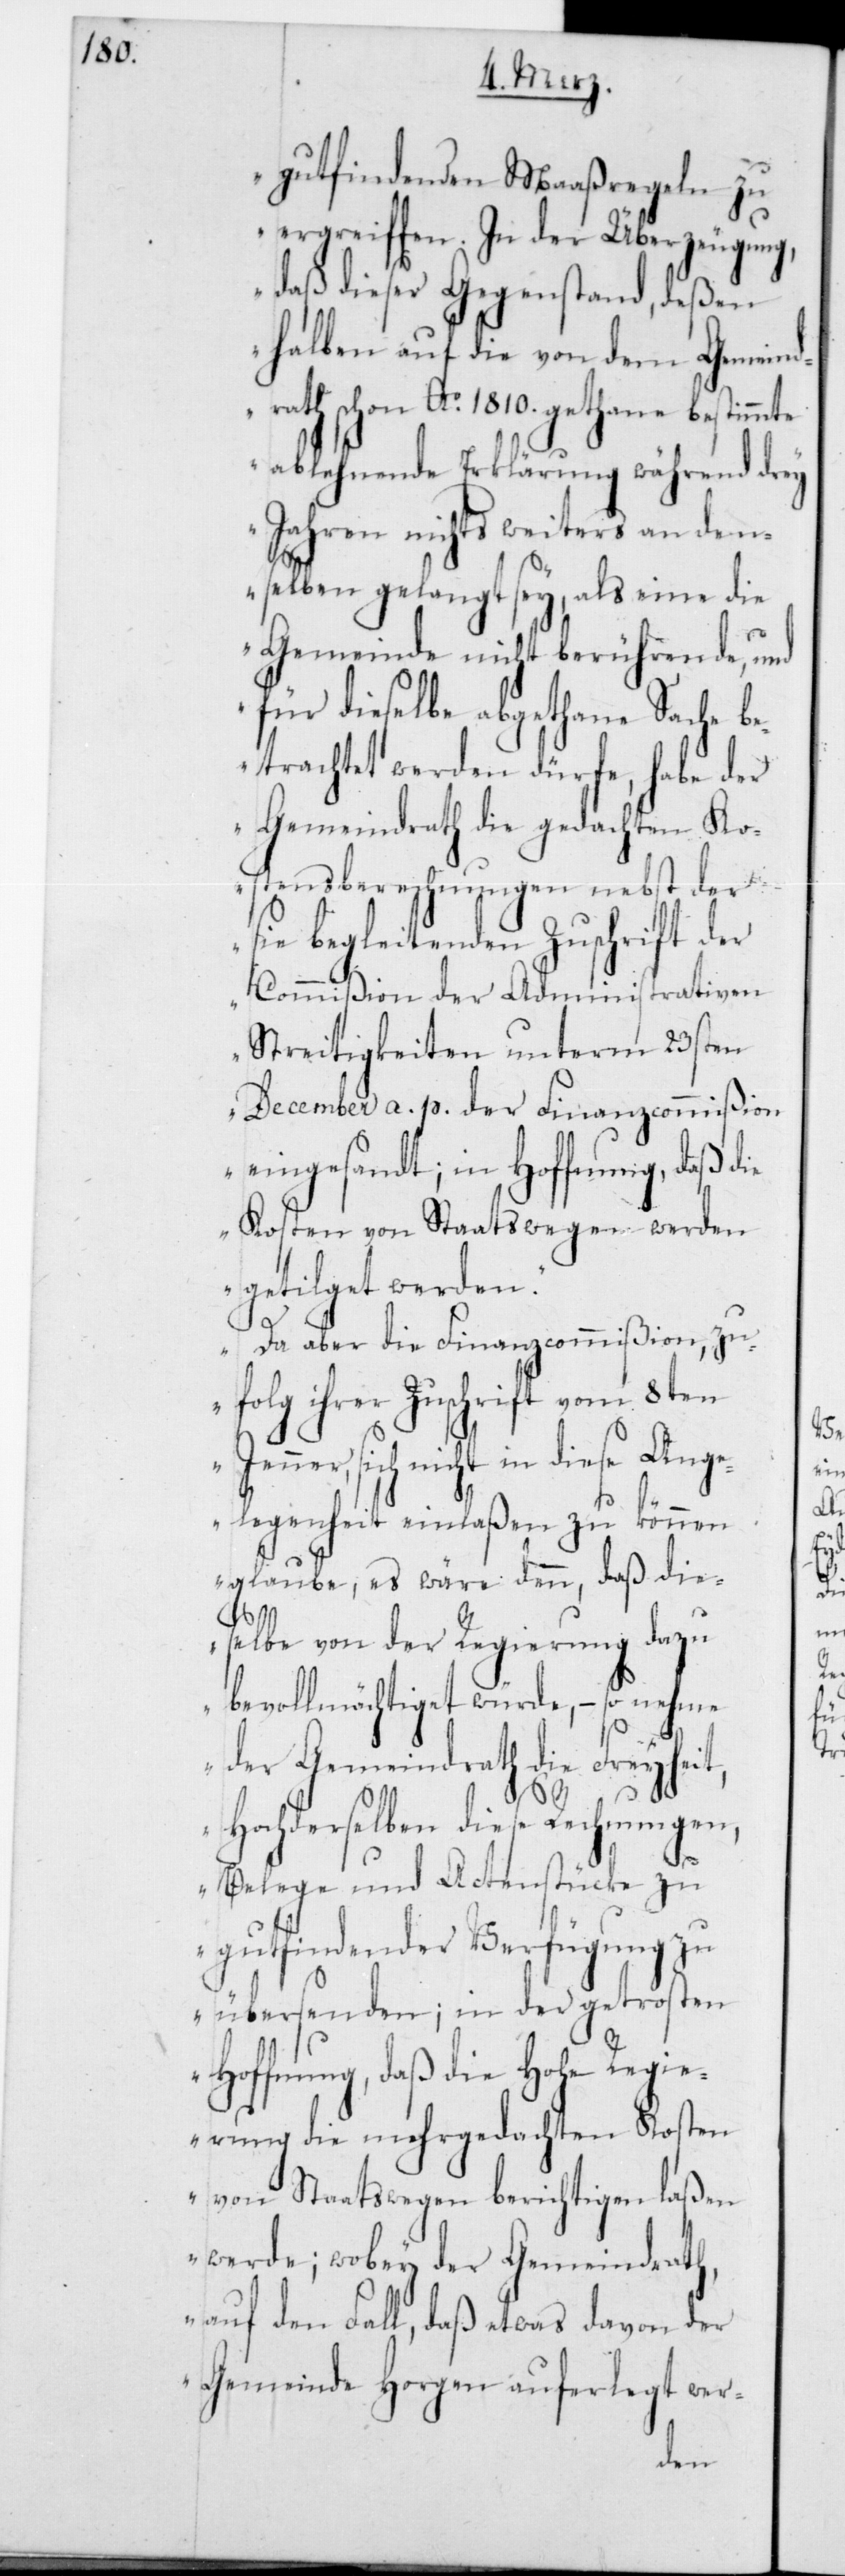
gutfindenden Maaßregeln zu
ergreiffen. In der Überzeugung,
daß dieser Gegenstand, deßen
Halben auf die von dem Gemeind¬
rath schon Ao 1810 gethane
ablehnende Erklärung während drey
Jahren nichts weiters an den¬
selben gelangt sey, als eine die
Gemeinde nicht berührende, und
für dieselbe abgethane Sache be¬
trachtet werden dürfe, habe der
Gemeindrath die gedachten Ko¬
stensberechnungen nebst der
sie begleitenden Zuschrift der
Commißion der Administrativen
Streitigkeiten unterm 23sten
December a. p. der Finanzcommißion
eingesandt; in Hoffnung, daß die
Kosten von Staatswegen werden
getilget werden.
Da aber die Finanzcommißion, zu¬
folg ihrer Zuschrift vom 8ten
nner, sich nicht in diese Ange¬
legenheit einlaßen zu können
glaube, es wäre denn, daß die¬
Je¬
selbe von der Regierung dazu
bevollmächtiget würde, – so nehme
der Gemeindrath die Freyhei¬
t,
Hochderselben diese Rechnungen,
Belege und Actenstücke zu
gut findender Verfügung zu
übersenden; in der getrosten
Hoffnung, daß die Hohe Regie¬
rung die mehrgedachten Kosten
von Staatswegen berichtigen laßen
werde; wobey der Gemeindrath,
auf den Fall, daß etwas davon der
Gemeinde Horgen auferlegt wer-